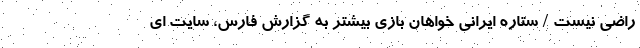
راضی نیست / ستاره ایرانی خواهان بازی بیشتر به گزارش فارس، سایت ای